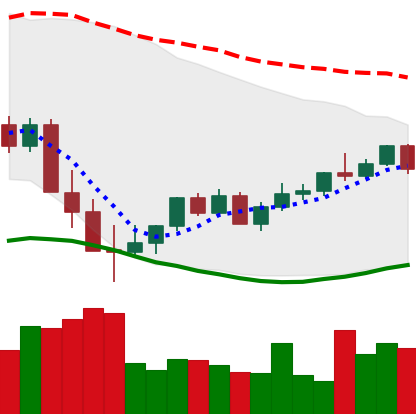
Ticker: XMR-USD
Chart end date: 2022-05-26
Forward return: 4.75%
Label: up_3_5